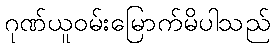
ဂုဏ်ယူဝမ်းမြောက်မိပါသည်